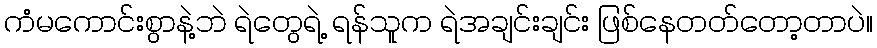
ကံမကောင်းစွာနဲ့ဘဲ ရဲတွေရဲ့ ရန်သူက ရဲအချင်းချင်း ဖြစ်နေတတ်တော့တာပဲ။